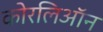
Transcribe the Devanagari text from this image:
कोरलिऑन